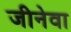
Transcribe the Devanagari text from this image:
जीनेवा